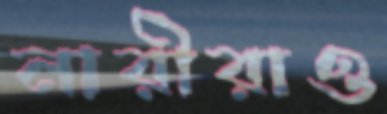
নারীরাও